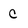
Character: C